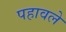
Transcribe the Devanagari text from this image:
पहावले